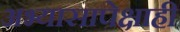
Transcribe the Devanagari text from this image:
अभ्यासापेक्षाही